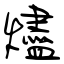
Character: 燼